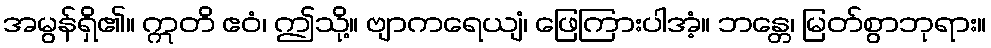
အမွန်ရှိ၏။ ဣတိ ဧဝံ၊ ဤသို့။ ဗျာကရေယျံ၊ ဖြေကြားပါအံ့။ ဘန္တေ၊ မြတ်စွာဘုရား။